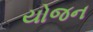
યોજન